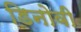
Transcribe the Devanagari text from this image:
डिनोवी